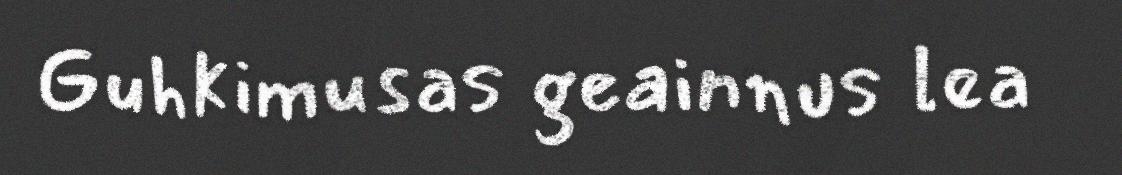
Guhkimusas geainnus lea